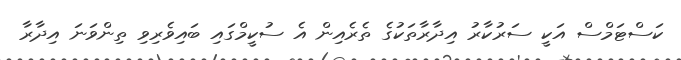
ކަސްޓަމްސް އަކީ ސަރުކާރު އިދާރާތަކުގެ ތެރެއިން އެ ސުކީމްގައި ބައިވެރިވި ތިންވަނަ އިދާރާ